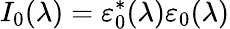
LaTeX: I_{0}(\lambda)=\varepsilon_{0}^{*}(\lambda)\varepsilon_{0}(\lambda)